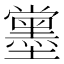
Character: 𡓪